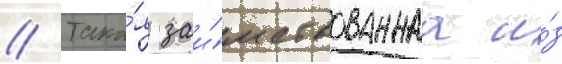
// Така́я заи́мствованнаа и́з